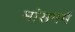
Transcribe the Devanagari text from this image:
मांसमर्म